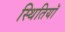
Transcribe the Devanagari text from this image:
स्थितियॉ